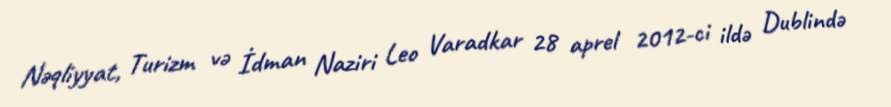
Nəqliyyat, Turizm və İdman Naziri Leo Varadkar 28 aprel 2012-ci ildə Dublində